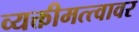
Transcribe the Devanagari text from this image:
व्यक्तीमत्त्वावर